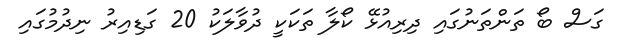
ގަސް ބޯ ތަންތަނުގައި ދިރިއުޅޭ ކޯލާ ތަކަކީ ދުވާލަކު 20 ގަޑިއިރު ނިދުމުގައި